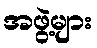
အဖွဲ့များ